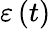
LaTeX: \varepsilon\left(t\right)